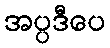
အပ္ပဒီပေ